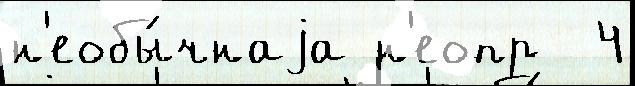
н'еобы́чнаjа н'еопр  4